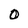
Character: 0